Annual administration report of the Civil Veterinary Department of India - 1899-1900
Year: 1899
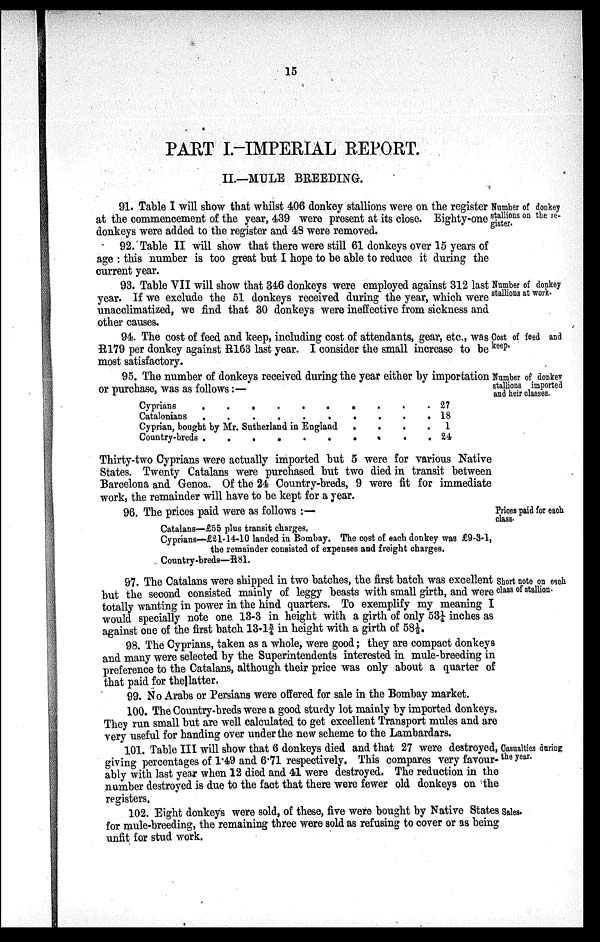
15
PART I.-IMPERIAL REPORT.
II.—MULE BREEDING.
Number of donkey
stallions on the re-
gister.
91. Table I will show that whilst 406 donkey stallions were on the register
at the commencement of the year, 439 were present at its close. Eighty-one
donkeys were added to the register and 48 were removed.
92. Table II will show that there were still 61 donkeys over 15 years of
age: this number is too great but I hope to be able to reduce it during the
current year.
Number of donkey
stallions at work.
93. Table VII will show that 346 donkeys were employed against 312 last
year. If we exclude the 51 donkeys received during the year, which were
unacclimatized, we find that 30 donkeys were ineffective from sickness and
other causes.
Cost of feed and
keep.
94. The cost of feed and keep, including cost of attendants, gear, etc., was
R179 per donkey against R163 last year. I consider the small increase to be
most satisfactory.
Number of donkey
stallions imported
and heir classes.
95. The number of donkeys received during the year either by importation
or purchase, was as follows:—
Cyprians . . . . . . . . .
Catalonians . . . . . . . .
Cyprian, bought by Mr. Sutherland in England
.
.
.
.
Country-breds . . . . . . .
27
18
1
24
Thirty-two Cyprians were actually imported but 5 were for various Native
States. Twenty Catalans were purchased but two died in transit between
Barcelona and Genoa. Of the 24 Country-breds, 9 were fit for immediate
work, the remainder will have to be kept for a year.
96. The prices paid were as follows:—
Prices paid for each
class.
Catalans—£55 plus transit charges.
Cyprians—£21-14-10 landed in Bombay. The cost of each donkey was £9-3-1,
the remainder consisted of expenses and freight charges.
Country -breds—R81.
Short note on each
class of stallion.
97. The Catalans were shipped in two batches, the first batch was excellent
but the second consisted mainly of leggy beasts with small girth, and were
totally wanting in power in the hind quarters. To exemplify my meaning I
would specially note one 13-3 in height with a girth of only 53 ¼ inches as
against one of the first batch 13-13/4 in height with a girth of 58 ½.
98. The Cyprians, taken as a whole, were good; they are compact donkeys
and many were selected by the Superintendents interested in mule-breeding in
preference to the Catalans, although their price was only about a quarter of
that paid for the latter,
99. No Arabs or Persians were offered for sale in the Bombay market.
100. The Country-breds were a good sturdy lot mainly by imported donkeys.
They run small but are well calculated to get excellent Transport mules and are
very useful for handing over under the new scheme to the Lambardars.
Casualties during
the year.
101. Table III will show that 6 donkeys died and that 27 were destroyed,
giving percentages of 1.49 and 6.71 respectively. This compares very favour-
ably with last year when 12 died and 41 were destroyed. The reduction in the
number destroyed is due to the fact that there were fewer old donkeys on the
registers.
102. Eight donkeys were sold, of these, five were bought by Native States Sales.
for mule-breeding, the remaining three were sold as refusing to cover or as being
unfit for stud work.